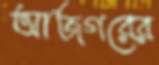
আজগরের